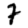
Digit: 7